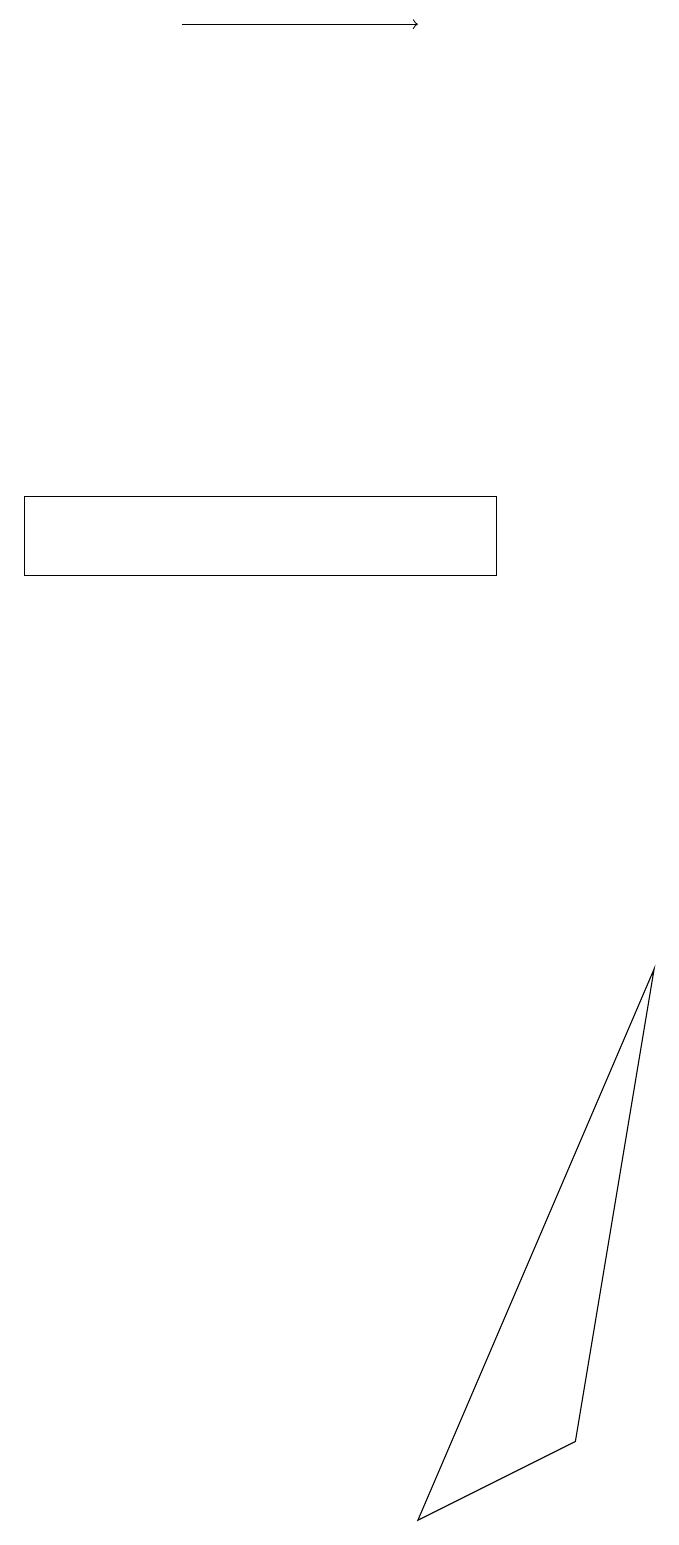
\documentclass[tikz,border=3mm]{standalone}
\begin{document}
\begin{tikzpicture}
\draw (0,12) rectangle (6,13);
\draw (8,7) -- (7,1) -- (5,0) -- cycle;
\draw[->] (2,19) -- (5,19);
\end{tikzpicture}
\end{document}